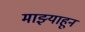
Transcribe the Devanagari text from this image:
माझ्याहून